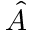
\hat { A }